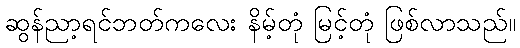
ဆွန်ညာ့ရင်ဘတ်ကလေး နိမ့်တုံ မြင့်တုံ ဖြစ်လာသည်။